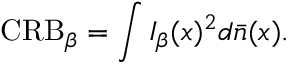
\mathrm { C R B } _ { \beta } = \int I _ { \beta } ( x ) ^ { 2 } d \bar { n } ( x ) .